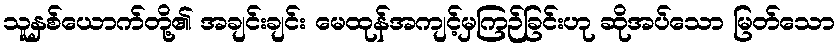
သူနှစ်ယောက်တို့၏ အချင်းချင်း မေထုန်အကျင့်မှကြဉ်ခြင်းဟု ဆိုအပ်သော မြတ်သော